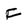
Character: f